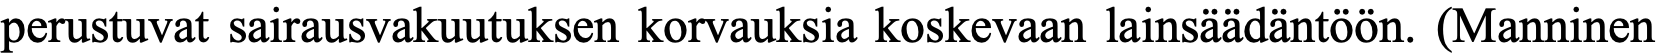
perustuvat sairausvakuutuksen korvauksia koskevaan lainsäädäntöön. (Manninen